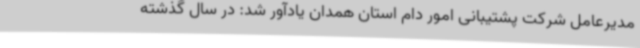
مدیرعامل شرکت پشتیبانی امور دام استان همدان یادآور شد: در سال گذشته